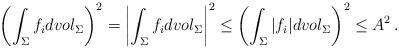
LaTeX: \begin{align*}\left( \int_{\Sigma}f_i dvol_{\Sigma}\right)^2=\left|\int_{\Sigma}f_i dvol_{\Sigma}\right|^2\leq\left( \int_{\Sigma}|f_i| dvol_{\Sigma}\right)^2\leq A^2\,.\end{align*}